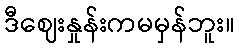
ဒီဈေးနှုန်းကမမှန်ဘူး။